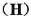
(H)